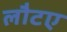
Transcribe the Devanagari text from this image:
लौटए